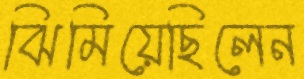
ঝিমিয়েছিলেন